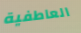
العاطفية